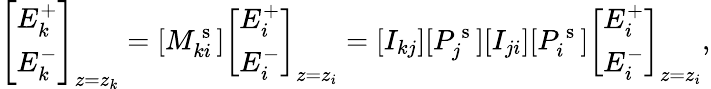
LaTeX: \left[\begin{array}{l}{E_{k}^{+}}\\ {E_{k}^{-}}\end{array}\right]_{z=z_{k}}=[M_{ki}^{\mathrm{~s~}}]\left[\begin{array}{l}{E_{i}^{+}}\\ {E_{i}^{-}}\end{array}\right]_{z=z_{i}}=[I_{kj}][P_{j}^{\mathrm{~s~}}][I_{ji}][P_{i}^{\mathrm{~s~}}]\left[\begin{array}{l}{E_{i}^{+}}\\ {E_{i}^{-}}\end{array}\right]_{z=z_{i}},